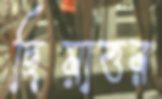
ছিয়াত্তর